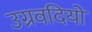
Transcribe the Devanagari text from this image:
उग्रवदियों